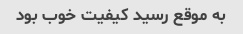
به موقع رسید کیفیت خوب بود